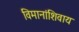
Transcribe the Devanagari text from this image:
विमानांशिवाय